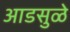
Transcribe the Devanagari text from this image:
आडसुळे